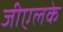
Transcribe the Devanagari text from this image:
जीएलके